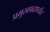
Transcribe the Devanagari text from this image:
प्रमुखपदापर्यंत